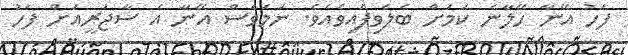
ފަހު އޭނާ ހޭލާނެ ކަމަށް ބެލެވިފައިވެއެވެ. ނަމަވެސް އޭނާ އެ ސާޖަރީއަށް ފަހު